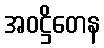
အဝဋ္ဌိတေန